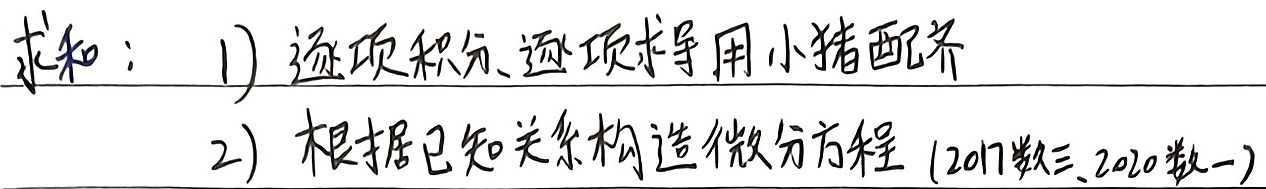
求和：
1) 逐项积分、逐项求导用小猪配齐
2) 根据已知关系构造微分方程 (2017数三、2020数一)